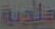
حلوية